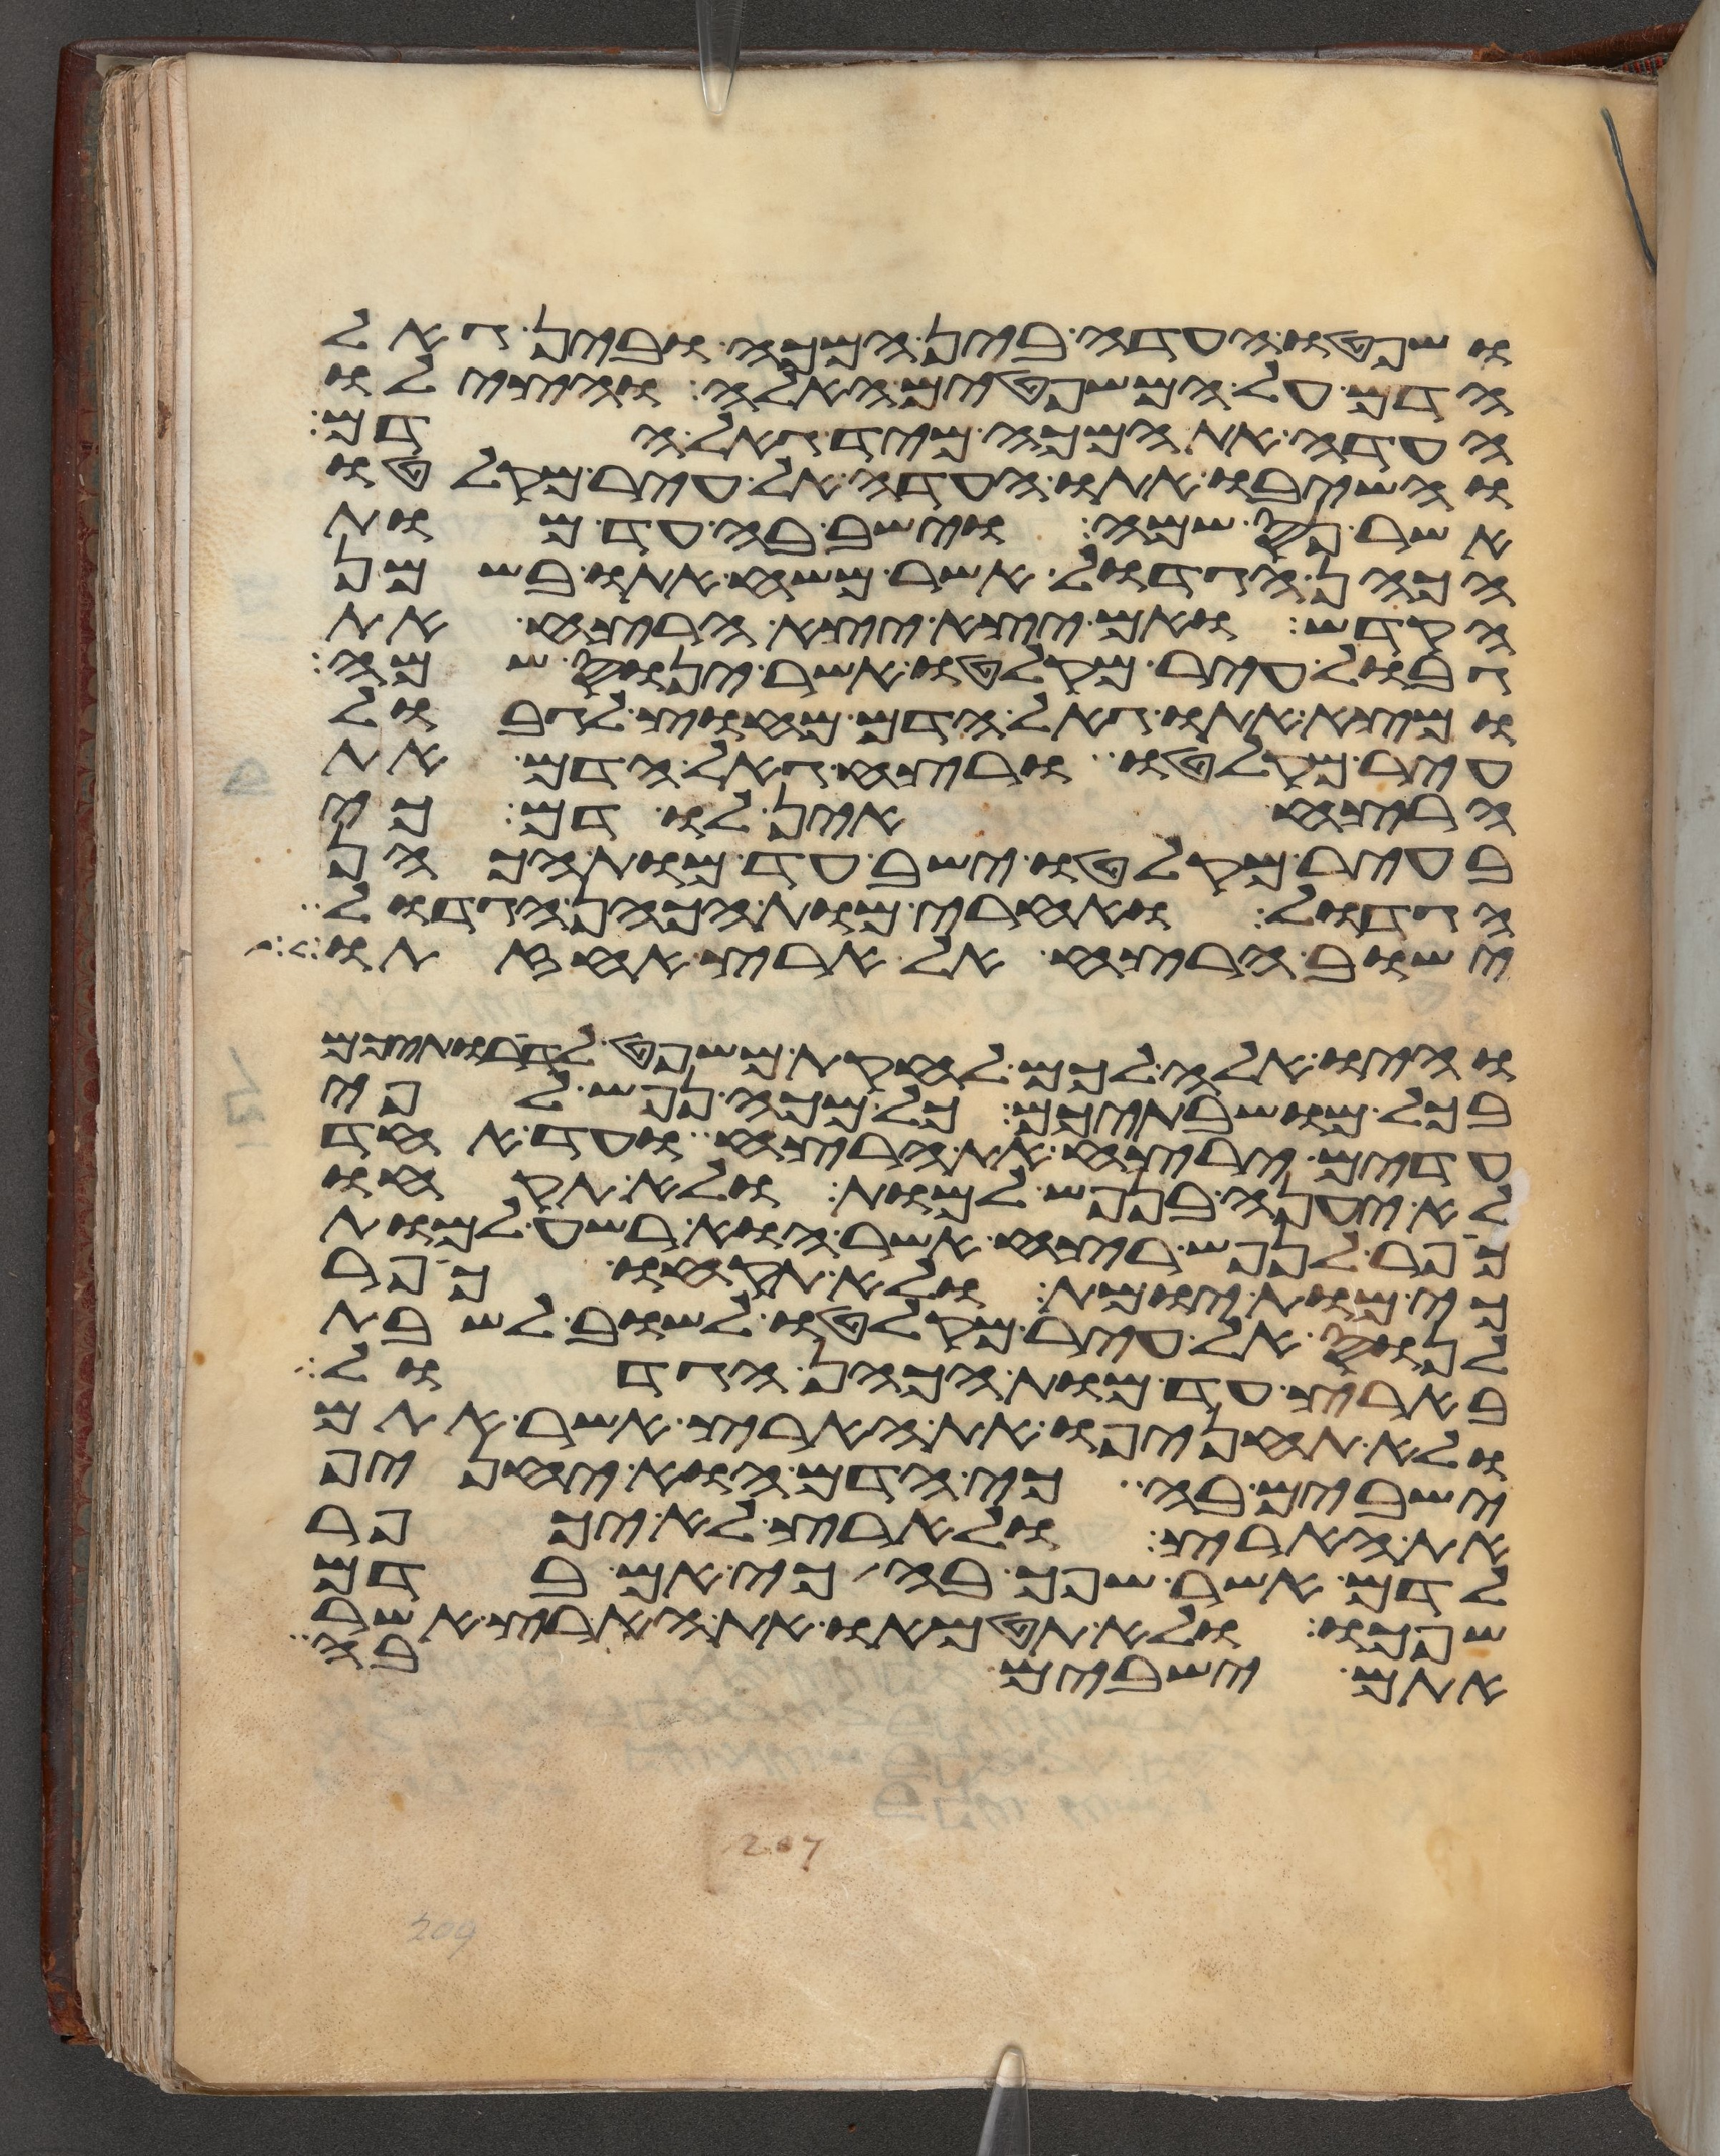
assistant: ושפטו העדה בין המכה ובין גאל
הדם על המשפטים האלה והצילו
העדה את המכה מיד גאל הדם
והשיבו אתו העדה אל עיר מקלטו
אשר נס שמה וישב בה עד מות
הכהן הגדול אשר משח אתו בשמן
הקדש ואם יצא יצא הרצח את
גבול עיר מקלטו אשר ינוס שמה
ומצא אתו גאל הדם מחוץ לגבול
עיר מקלטו ורצח גאל הדם את
הרצח אין לו דם כי
בעיר מקלטו ישב עד מות הכהן
הגדול ואחרי מות הכהן הגדול
ישוב הרצח אל ארץ אחזתו
והיו אלה לכם לחקת משפט לדרתיכם
בכל מושבתיכם כל מכה נפש לפי
עדים ירצח את הרצח ועד אחד
לא יענה בנפש למות ולא תקחו
כפר לנפש רצח אשר הוא רשע למות
כי מות יומת ולא תקחו כפר
לנוס אל עיר מקלטו לשוב לשבת
בארץ עד מות הכהן הגדול
ולא תחניפו את הארץ אשר אתם
ישבים בה כי הדם הוא יחניף
את הארץ ולארץ לא יכפר
לדם אשר שפך בה כי אם בדם
שפכו ולא תטמאו את הארץ אשר
אתם ישבים בה